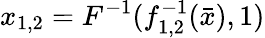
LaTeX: x_{1,2}=F^{-1}(f_{1,2}^{-1}(\bar{x}),1)